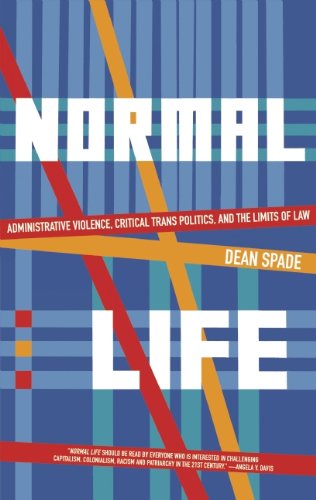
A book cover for Normal Life: Administrative Violence, Critical Trans Politics and the Limits of Law; Dean Spade; Gay & Lesbian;